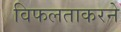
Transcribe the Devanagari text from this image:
विफलताकरने